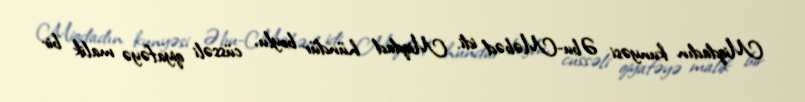
Miqdadın kunyəsi Əbu-Məbəd idi. Miqdad hündür boylu, cüssəli qiyafəyə malik bir